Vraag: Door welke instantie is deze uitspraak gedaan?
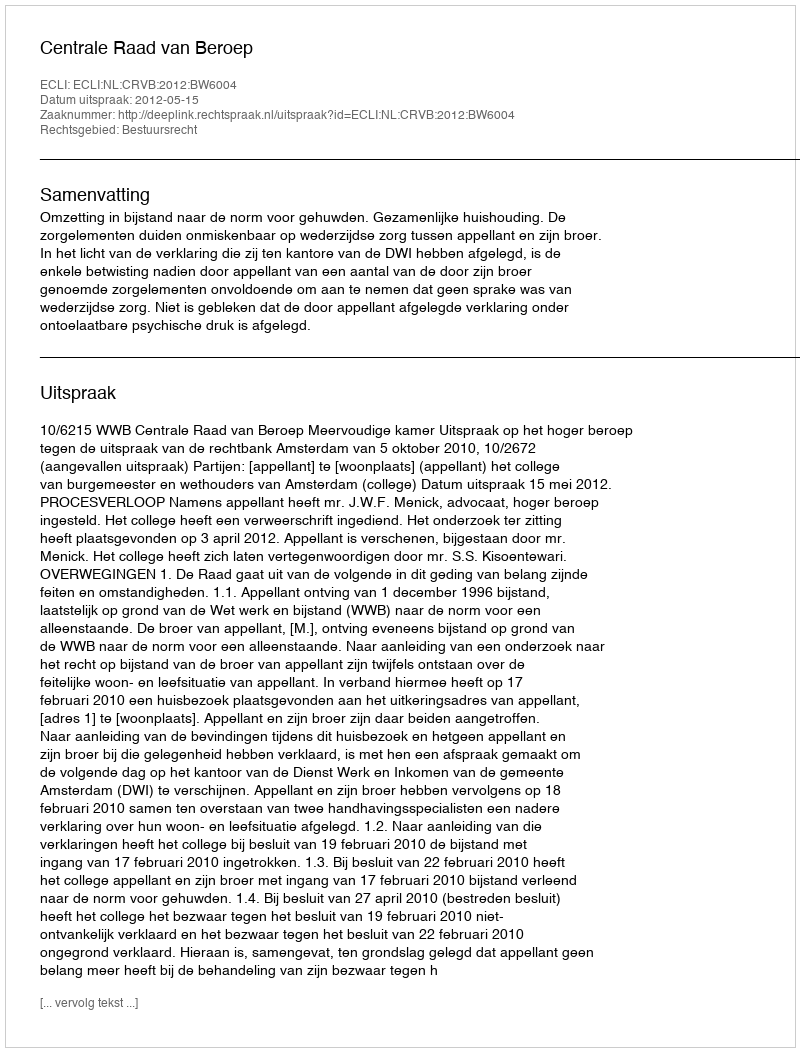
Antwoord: Centrale Raad van Beroep